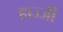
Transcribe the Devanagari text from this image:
हाज्जी